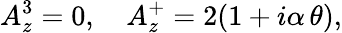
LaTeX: A_{z}^{3}=0,\ \ \ \ A_{z}^{+}=2(1+i\alpha\, \theta),